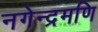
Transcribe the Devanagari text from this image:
नगेन्द्रमणि